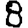
Digit: 8